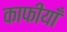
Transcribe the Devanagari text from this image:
काफीयाँ